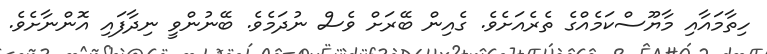
ހިތާމައާއި މާޔޫސްކަމެއްގެ ތެރެއަށެވެ. ގެއިން ބޭރަށް ވެސް ނުދަމެވެ. ބޭނުންވީ ނިދާފައި އޮންނާށެވެ.